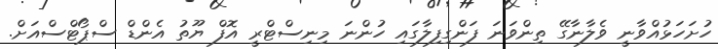
ހުށަހަޅުއްވާނީ ވެލާނާގޭ ތިންވަނަ ފަންގިފިލާގައި ހުންނަ މިނިސްޓްރީ އޮފް ޔޫތު އެންޑް ސްޕޯޓްސްއަށް.